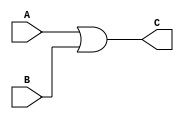
`timescale 1ns / 1ps

module or_gate(
    input  A,
    input  B,
    output C
    );
    
    assign C = A | B;
endmodule